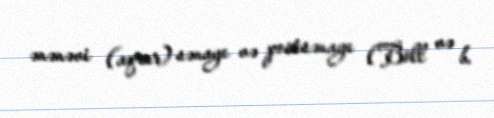
ənənəvi (aqrar) sənaye və postsənaye (Böll və b.